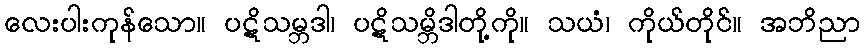
လေးပါးကုန်သော။ ပဋိသမ္ဘဒါ၊ ပဋိသမ္ဘိဒါတို့ကို။ သယံ၊ ကိုယ်တိုင်။ အဘိညာ